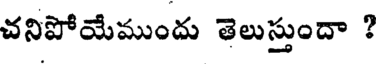
చనిపోయేముందు తెలుస్తుందా ?